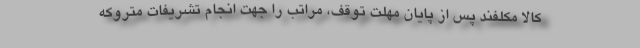
کالا مکلفند پس از پایان مهلت توقف، مراتب را جهت انجام تشریفات متروکه